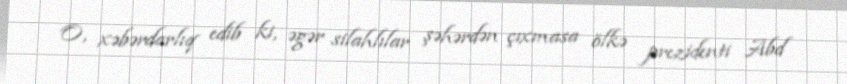
O, xəbərdarlıq edib ki, əgər silahlılar şəhərdən çıxmasa ölkə prezidenti Abd